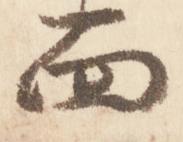
面